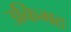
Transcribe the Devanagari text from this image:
उकिमठ